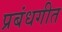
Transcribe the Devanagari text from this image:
प्रबंधगीत